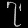
Digit: ၇